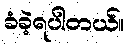
ခံခဲ့ရပါတယ်။